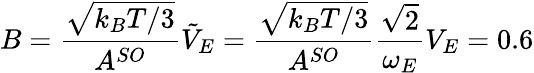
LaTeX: B=\frac{\sqrt{k_{B}T/3}}{A^{SO}}\tilde{V}_{E}=\frac{\sqrt{k_{B}T/3}}{A^{SO}}\frac{\sqrt{2}}{\omega_{E}}V_{E}=0.6